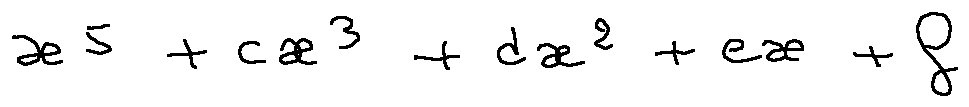
x ^ { 5 } + c x ^ { 3 } + d x ^ { 2 } + e x + f